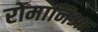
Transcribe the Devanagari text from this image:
रोमानिआ